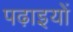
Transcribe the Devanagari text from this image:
पढ़ाइयों